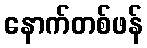
နောက်တစ်ဖန်